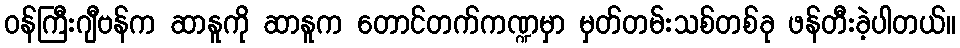
ဝန်ကြီးဂျီဗန်က ဆာနူကို ဆာနူက တောင်တက်ကဏ္ဍမှာ မှတ်တမ်းသစ်တစ်ခု ဖန်တီးခဲ့ပါတယ်။